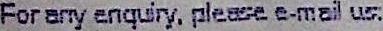
FOR ANY ENQUIRY, PLEASE E-MAIL US.